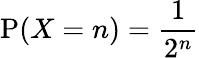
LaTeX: \operatorname{P}(X=n)={\frac{1}{2^{n}}}